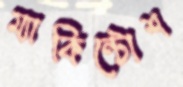
ম্যাকিন্টোশ